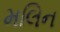
મલિન